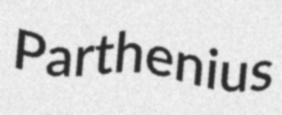
Parthenius